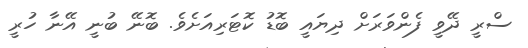
ސްރީ ދޭވީ ފެންވަރަށް ދިޔައީ ބޮޑު ކޮޓަރިއަށެވެ. ބޮނޭ ބުނީ އޭނާ ހުރީ